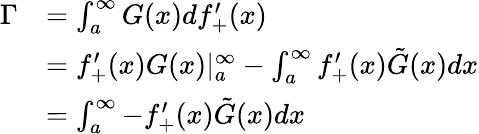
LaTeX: \begin{array}{rl}{\Gamma}&{=\int_{a}^{\infty}G(x)df_{+}^{\prime}(x)}\\ &{=f_{+}^{\prime}(x)G(x)|_{a}^{\infty}-\int_{a}^{\infty}f_{+}^{\prime}(x)\tilde{G}(x)dx}\\ &{=\int_{a}^{\infty}-f_{+}^{\prime}(x)\tilde{G}(x)dx}\end{array}